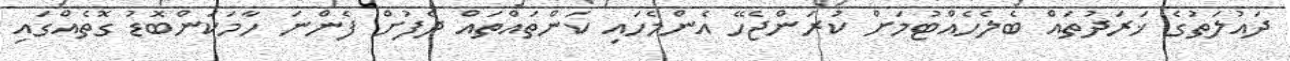
ދައުލަތުގެ ޚަރަދުތައް ބެލެހެއްޓުމަށް ކުރަންޖެހޭ އެންމެހައި ކަންތައްތައް ދެފުށް ފެންނަ ހާމަކަންބޮޑު ގޮތެއްގައި